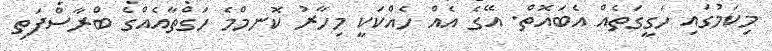
މިކަމުގައި ހަގީގަތެއް އެބައޮތް. އޭގެ އެއް ހެއްކަކީ މިހާރު ކޮނމްމެ ހަގްތާއެއްގެ ބްރާސްފަތި